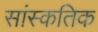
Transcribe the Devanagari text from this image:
सांस्कतिक